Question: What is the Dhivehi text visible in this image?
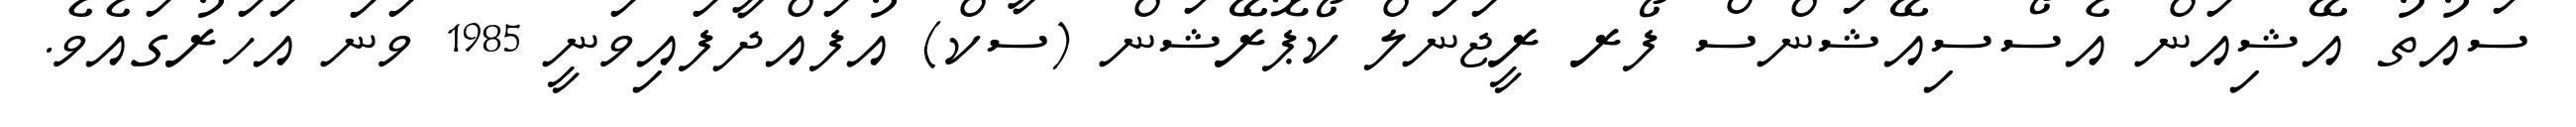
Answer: ސައުތު އޭޝިއަން އެސޯސިއޭޝަންސް ފޯރ ރީޖަނަލް ކޯޕޮރޭޝަން (ސާކް) އުފައްދާފައިވަނީ 1985 ވަނަ އަހަރުގައެވެ.